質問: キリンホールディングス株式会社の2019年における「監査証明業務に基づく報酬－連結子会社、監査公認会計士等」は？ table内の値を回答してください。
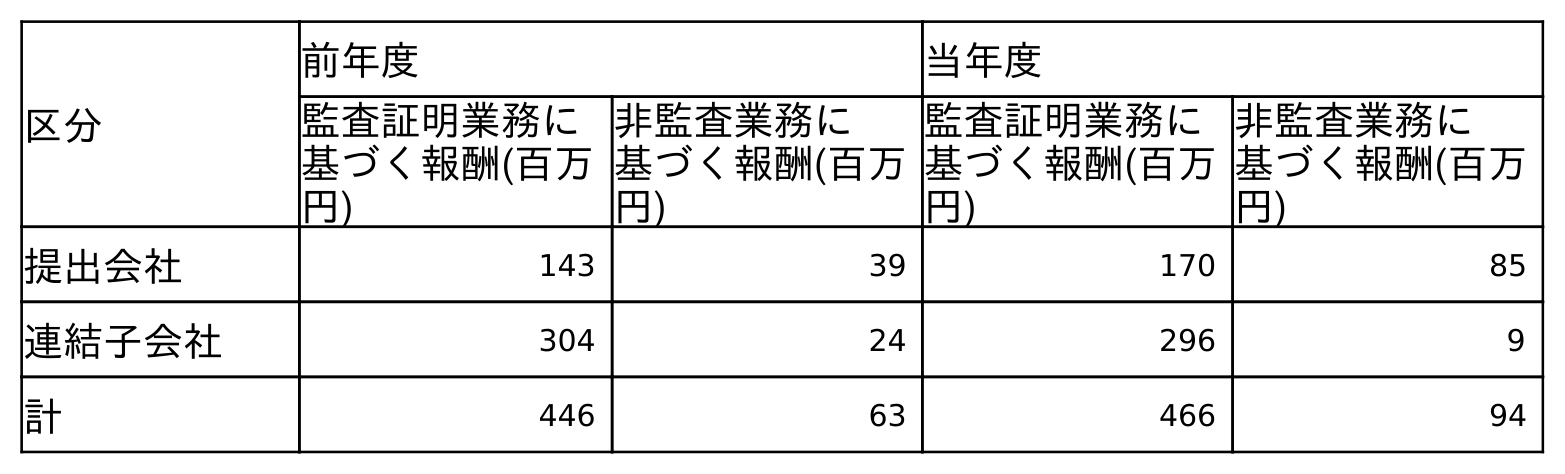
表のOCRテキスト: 区分 前年度 当年度 監査証明業務に 基づく報酬(百万 円) 非監査業務に 基づく報酬(百万 円) 監査証明業務に 基づく報酬(百万 円) 非監査業務に 基づく報酬(百万 円) 提出会社 143 39 170 85 連結子会社 304 24 296 9 計 446 63 466 94
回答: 304